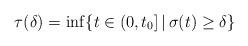
LaTeX: \begin{align*} \tau (\delta) = \inf \{ t\in (0,t_0] \,|\, \sigma(t) \geq \delta \}\end{align*}